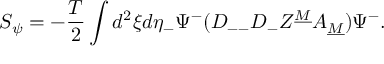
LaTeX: S _ { \psi } = - { \frac { T } { 2 } } \int d ^ { 2 } \xi d \eta _ { - } \Psi ^ { - } ( D _ { -- } D _ { - } Z ^ { \underline { { M } } } A _ { \underline { { M } } } ) \Psi ^ { - } .